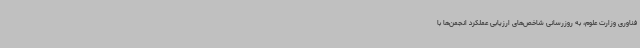
فناوری وزارت علوم، به روزرسانی شاخص‌های ارزیابی عملکرد انجمن‌ها با